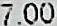
7.00